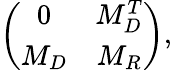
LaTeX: \left(\begin{array}{cc}{{0}}&{{M_{D}^{T}}}\\ {{M_{D}}}&{{M_{R}}}\end{array}\right),